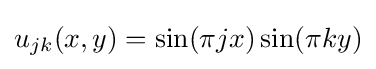
u_{jk}(x,y)=\sin(\pi jx)\sin(\pi ky)